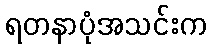
ရတနာပုံအသင်းက